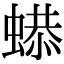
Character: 𧎦